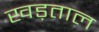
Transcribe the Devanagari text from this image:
खड़ताल